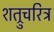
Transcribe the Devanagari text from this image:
शत्रुचरित्र